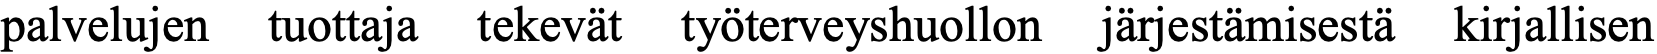
palvelujen tuottaja tekevät työterveyshuollon järjestämisestä kirjallisen